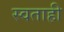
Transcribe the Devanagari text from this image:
स्वताही